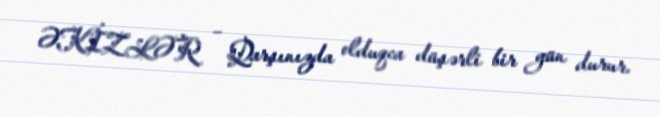
ƏKİZLƏR – Qarşınızda olduqca düşərli bir gün durur.